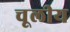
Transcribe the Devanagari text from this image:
चूलीय